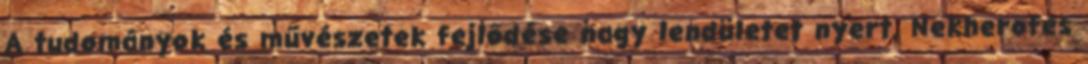
A tudományok és művészetek fejlődése nagy lendületet nyert. Nekherofes